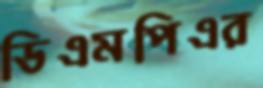
ডিএমপিএর